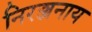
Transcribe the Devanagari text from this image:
निरञ्जनाय